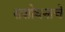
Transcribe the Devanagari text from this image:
सशोधनाचे